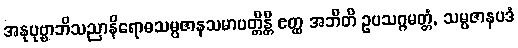
အနုပုဗ္ဗာဘိသညာနိရောဓသမ္ပဇာနသမာပတ္တိန္တိ ဧတ္ထ အဘီတိ ဥပသဂ္ဂမတ္တံ, သမ္ပဇာနပဒံ